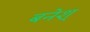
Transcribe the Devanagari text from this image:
बनेश्